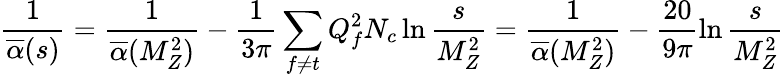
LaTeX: \frac 1{\overline{{{\alpha}}}(s)}=\frac 1{\overline{{{\alpha}}}(M_{Z}^{2})}-\frac 1{3\pi}\sum_{f\neq t}Q_{f}^{2}N_{c}\ln\frac s{M_{Z}^{2}}=\frac 1{\overline{{{\alpha}}}(M_{Z}^{2})}-\frac{20}{9\pi}\ln\frac s{M_{Z}^{2}}